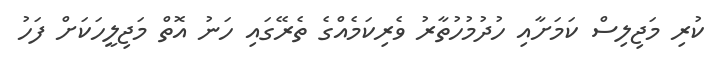
ކުރި މަޖިލިސް ކަމަށާއި ހުދުމުހުތާރު ވެރިކަމެއްގެ ތެރޭގައި ހަނު އޮތް މަޖިލީހަކަށް ފަހު